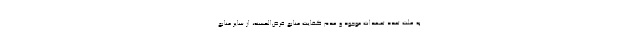
به علت تعدد تعهدات موجود و عدم کفایت منابع قرض‌الحسنه، از سایر منابع